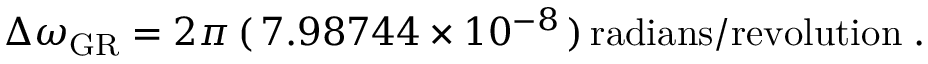
\Delta \omega _ { \mathrm { G R } } = 2 \pi \, ( \, 7 . 9 8 7 4 4 \times 1 0 ^ { - 8 } \, ) \, \mathrm { r a d i a n s / r e v o l u t i o n } \; .